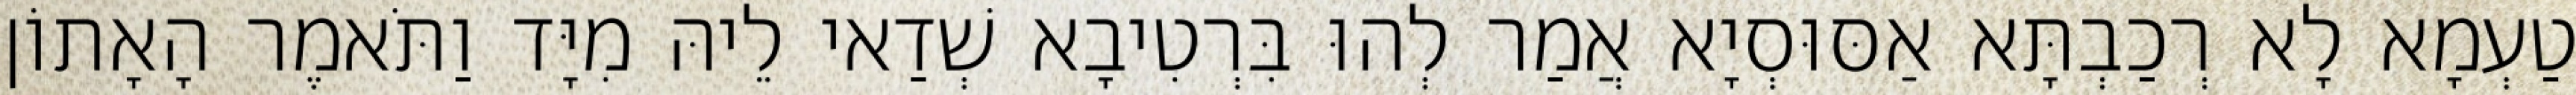
טַעְמָא לָא רְכַבְתָּא אַסּוּסְיָא אֲמַר לְהוּ בִּרְטִיבָא שְׁדַאי לֵיהּ מִיָּד וַתֹּאמֶר הָאָתוֹן